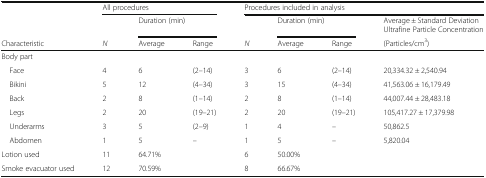
|  | <COLSPAN=3> All procedures | <COLSPAN=4> Procedures included in analysis |
 |  |  | <COLSPAN=2> Duration (min) |  | <COLSPAN=2> Duration (min) | Average ± Standard Deviation Ultrafine Particle Concentration |
 | Characteristic | N | Average | Range | N | Average | Range | (Particles/cm3) |
 | --- | --- | --- | --- | --- | --- | --- | --- |
 | Body part |  |  |  |  |  |  |  |
 | Face | 4 | 6 | (2–14) | 3 | 6 | (2–14) | 20,334.32 ± 2,540.94 |
 | Bikini | 5 | 12 | (4–34) | 3 | 15 | (4–34) | 41,563.06 ± 16,179.49 |
 | Back | 2 | 8 | (1–14) | 2 | 8 | (1–14) | 44,007.44 ± 28,483.18 |
 | Legs | 2 | 20 | (19–21) | 2 | 20 | (19–21) | 105,417.27 ± 17,379.98 |
 | Underarms | 3 | 5 | (2–9) | 1 | 4 | – | 50,862.5 |
 | Abdomen | 1 | 5 | – | 1 | 5 | – | 5,820.04 |
 | Lotion used | 11 | 64.71% |  | 6 | 50.00% |  |  |
 | Smoke evacuator used | 12 | 70.59% |  | 8 | 66.67% |  |  |